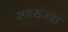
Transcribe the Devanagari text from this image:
रणसज्जा